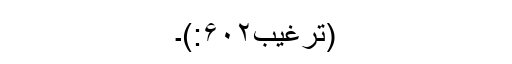
(ترغیب۶۰۲:)۔